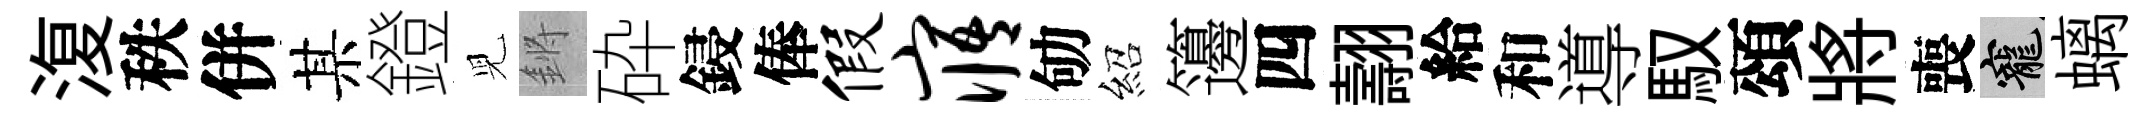
𣸪秩併某鐙児鏘砕鋟俸假寤劬紹籩四翿給和導馭頌將喪寵螭